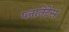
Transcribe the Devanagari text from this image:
प्लानेटेस